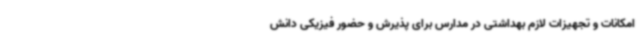
امکانات و تجهیزات لازم بهداشتی در مدارس برای پذیرش و حضور فیزیکی دانش